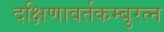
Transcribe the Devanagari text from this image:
दक्षिणावर्तकम्बुरत्न